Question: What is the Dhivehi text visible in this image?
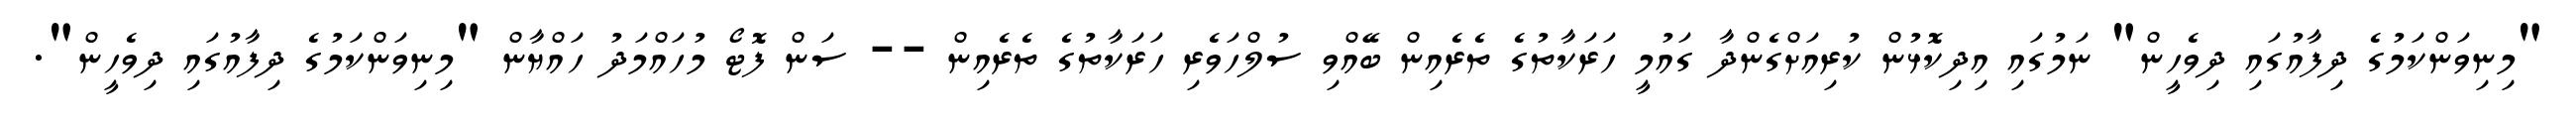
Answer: "މިނިވަންކަމުގެ ދިފާއުގައި ދިވެހީން" ނަމުގައި އިދިކޮޅުން ކުރިއަށްގެންދާ ގައުމީ ހަރަކާތުގެ ތެރެއިން ބޭއްވި ސުލްހަވެރި ހަރަކާތުގެ ތެރެއިން -- ސަން ފޮޓޯ މުހައްމަދު ހައްޔާން "މިނިވަންކަމުގެ ދިފާއުގައި ދިވެހީން".